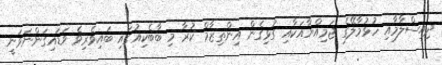
ދިއިސްލާމާއި ހުޅުމާލޭގެ ޖަމިއްޔާއަކާއި ގުޅިގެން އިންތިޒާމް ކުރާ މި ބާބެކިއުގައި ބައިވެރިވެ ވަޑައިގަންނަވަނީ